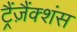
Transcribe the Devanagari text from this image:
ट्रैंज़ैंक्शंस